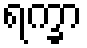
ရက္ခာ